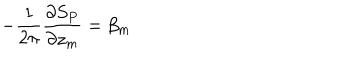
LaTeX: - \frac { 1 } { 2 \pi } \frac { \partial S _ { P } } { \partial z _ { m } } = \beta _ { m }